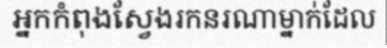
អ្នកកំពុងស្វែងរកនរណាម្នាក់ដែល